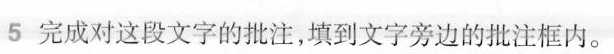
5 完成对这段文字的批注，填到文字旁边的批注框内。